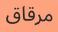
مرقاق